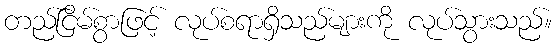
တည်ငြိမ်စွာဖြင့် လုပ်စရာရှိသည်များကို လုပ်သွားသည်။